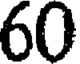
60